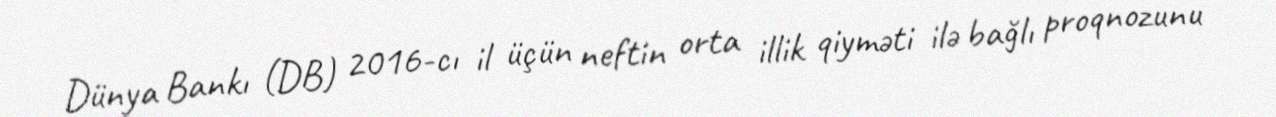
Dünya Bankı (DB) 2016-cı il üçün neftin orta illik qiyməti ilə bağlı proqnozunu